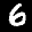
Label: 6